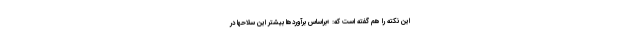
این نکته را هم گفته است که: «براساس برآوردها بیشتر این سلاحها در